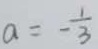
a = - \frac { 1 } { 3 }